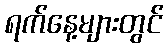
ရက်နေ့များတွင်